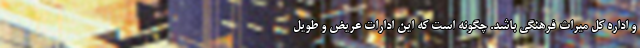
و اداره کل میراث فرهنگی باشد. چگونه است که این ادارات عریض و طویل